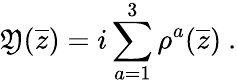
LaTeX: \mathfrak{Y}(\overline{{{{z}}}})=i\sum_{a=1}^{3}\rho^{a}(\overline{{{{z}}}})~.